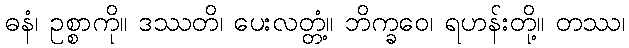
ဓနံ၊ ဥစ္စာကို။ ဒဿတိ၊ ပေးလတ္တံ့။ ဘိက္ခဝေ၊ ရဟန်းတို့။ တဿ၊